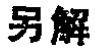
另解